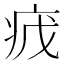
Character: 𬏡